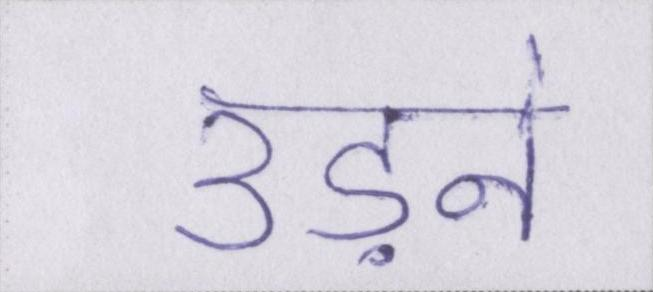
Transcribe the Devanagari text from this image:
उड़ने